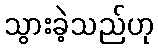
သွားခဲ့သည်ဟု